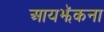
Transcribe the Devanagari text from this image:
आयझॅकना